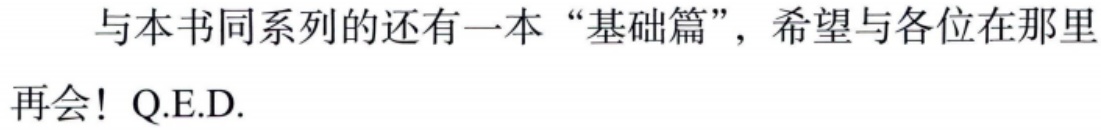
与本书同系列的还有一本“基础篇”，希望与各位在那里再会! Q.E.D.